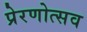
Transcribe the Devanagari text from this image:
प्रेरणोत्सव